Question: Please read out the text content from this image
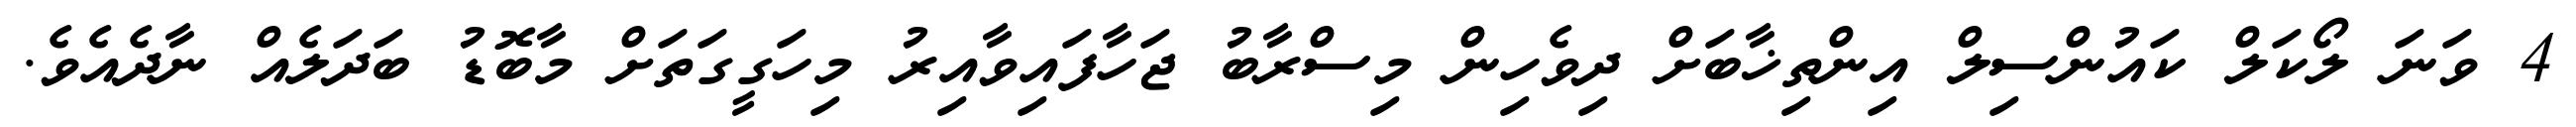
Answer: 4 ވަނަ ލޯކަލް ކައުންސިލް އިންތިޚާބަށް ދިވެހިން މިސްރާބު ޖަހާފައިވާއިރު މިހަގީގަތަށް މާބޮޑު ބަދަލެއް ނާދެއެވެ.